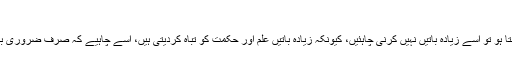
[ماخوذ از: مرآۃ العقول، ج۱، ص۵۷]
جو شخص صاحب حکمت ہو، یعنی حکمت آمیز باتیں کرتا ہو اور حکیمانہ سوچتا ہو تو اسے زیادہ باتیں نہیں کرنی چاہئیں، کیونکہ زیادہ باتیں علم اور حکمت کو تباہ کردیتی ہیں، اسے چاہیے کہ صرف ضروری باتیں کرے، اگر کسی بات کا کرنا اور نہ کرنا برابر ہو تو وہ نہیں کرنی چاہیے۔